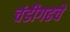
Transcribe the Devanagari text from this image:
चंडीगढचे